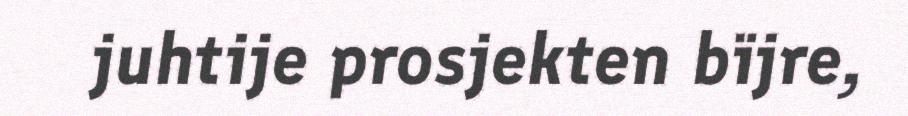
juhtije prosjekten bïjre,